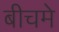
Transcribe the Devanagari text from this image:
बीचमे